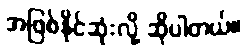
အဖြစ်နိုင်ဆုံးလို့ ဆိုပါတယ်။